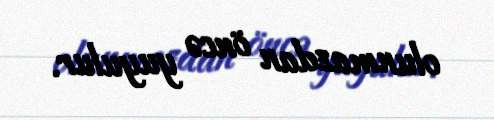
olunmazdan öncə yuyulur.